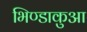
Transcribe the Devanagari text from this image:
भिण्डाकुआ